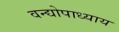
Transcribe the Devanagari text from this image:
वन्द्योपाध्याय